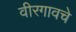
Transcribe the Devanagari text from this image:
वीरगावचे